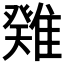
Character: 𩀁